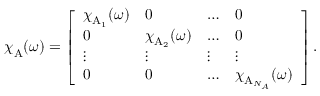
{ \boldsymbol { \chi } } _ { \mathrm { A } } ( \omega ) = \left[ \begin{array} { l l l l } { { \boldsymbol { \chi } } _ { \mathrm { A } _ { 1 } } ( \omega ) } & { 0 } & { \dots } & { 0 } \\ { 0 } & { { \boldsymbol { \chi } } _ { \mathrm { A } _ { 2 } } ( \omega ) } & { \dots } & { 0 } \\ { \vdots } & { \vdots } & { \vdots } & { \vdots } \\ { 0 } & { 0 } & { \dots } & { { \boldsymbol { \chi } } _ { \mathrm { A } _ { N _ { A } } } ( \omega ) } \end{array} \right] .